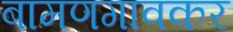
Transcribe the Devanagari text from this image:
बामणगावकर